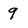
Character: 9